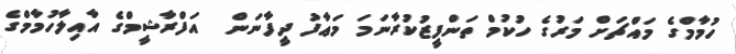
ހުމާމްގެ މައްޗަށް މަރުގެ ހުކުމް ތަންފީޒުކުރާނަމަ މަޢާފު ދީފާނަން  އަފްރާޝީމްގެ އާއިލާހުމާމްގެ